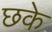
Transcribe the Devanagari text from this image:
छके